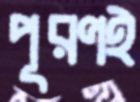
পূরণই